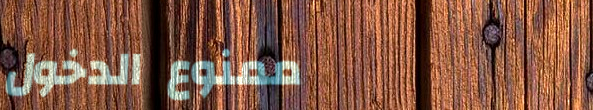
ممنوع الدخول